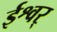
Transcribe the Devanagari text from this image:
ईश्वर्